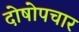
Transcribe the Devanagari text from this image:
दोषोपचार